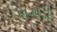
બગાડી